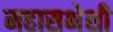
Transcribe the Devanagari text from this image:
महासभेशी